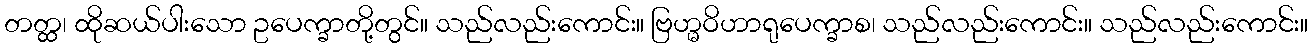
တတ္ထ၊ ထိုဆယ်ပါးသော ဥပေက္ခာတို့တွင်။ သည်လည်းကောင်း။ ဗြဟ္မဝိဟာရုပေက္ခာစ၊ သည်လည်းကောင်း။ သည်လည်းကောင်း။